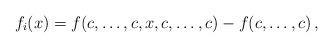
LaTeX: \begin{align*}f_i(x)=f(c,\dots,c,x,c,\dots,c)-f(c,\dots,c)\,,\quad\end{align*}